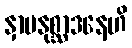
နှာပနုစ္ဆာဒနေဟိ